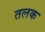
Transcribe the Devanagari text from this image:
तलक